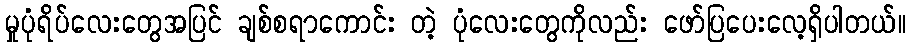
မှုပုံရိပ်လေးတွေအပြင် ချစ်စရာကောင်း တဲ့ ပုံလေးတွေကိုလည်း ဖော်ပြပေးလေ့ရှိပါတယ်။